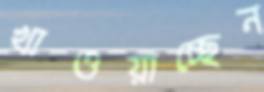
খাওয়াচ্ছেন